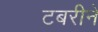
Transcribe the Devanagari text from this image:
टबरीने